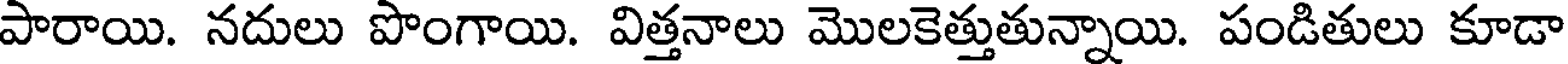
పారాయి. నదులు పొంగాయి. విత్తనాలు మొలకెత్తుతున్నాయి. పండితులు కూడా